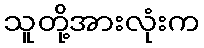
သူတို့အားလုံးက